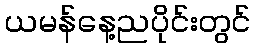
ယမန်နေ့ညပိုင်းတွင်